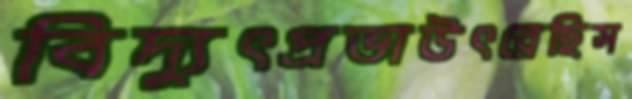
বিদ্যুৎপ্রভাউৎরেছিস